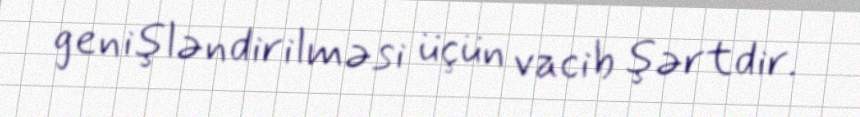
genişləndirilməsi üçün vacib şərtdir.